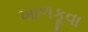
ખાળકૂવા